Scottish Leaving Certificate Examination, 1957
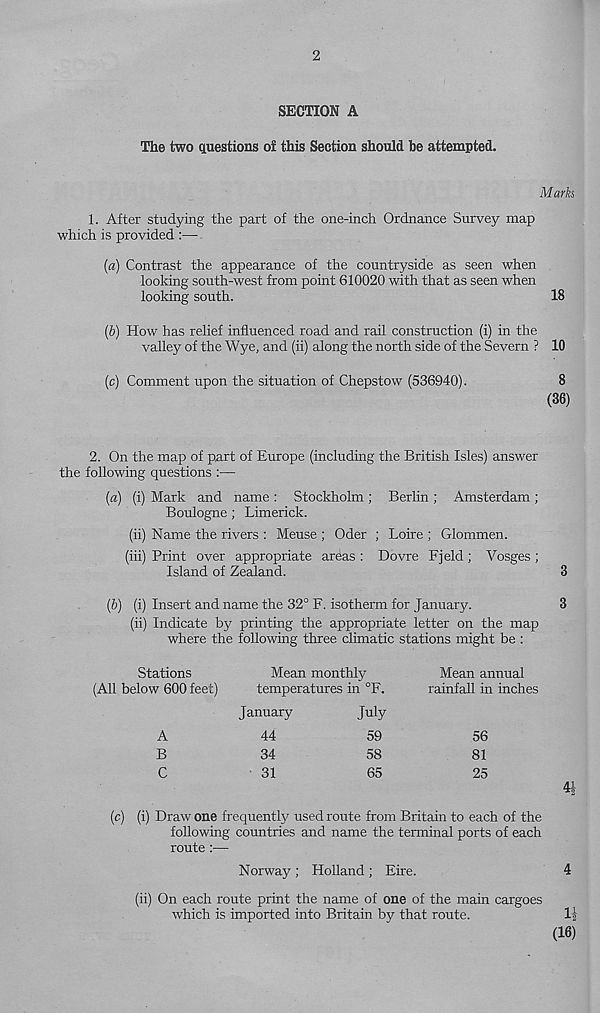
2
SECTION A
The two questions of this Section should he attempted.
Marks
1. After studying the part of the one-inch Ordnance Survey map
which is provided :—
(a) Contrast the appearance of the countryside as seen when
looking south-west from point 610020 with that as seen when
looking south.
18
(b) How has relief influenced road and rail construction (i) in the
valley of the Wye, and (ii) along the north side of the Severn ? 10
(c) Comment upon the situation of Chepstow (536940).
8
(36)
2. On the map of part of Europe (including the British Isles) answer
the following questions :—
(a) (i) Mark and name : Stockholm ; Berlin ; Amsterdam ;
Boulogne; Limerick.
(ii) Name the rivers : Meuse ; Oder ; Loire ; Glommen.
(iii) Print over appropriate areas : Dovre Fjeld ; Vosges ;
Island of Zealand.
3
(6) (i) Insert and name the 32° F. isotherm for January.
3
(ii) Indicate by printing the appropriate letter on the map
where the following three climatic stations might be :
Stations
(All below 600 feet)
A
B
C
Mean monthly
temperatures in °F.
January
July
44
59
34
58
31
65
Mean annual
rainfall in inches
56
81
25
(c) (i) Draw one frequently used route from Britain to each of the
following countries and name the terminal ports of each
route:—
Norway ; Holland ; Eire.
4
(ii) On each route print the name of one of the main cargoes
which is imported into Britain by that route.
li
(16)